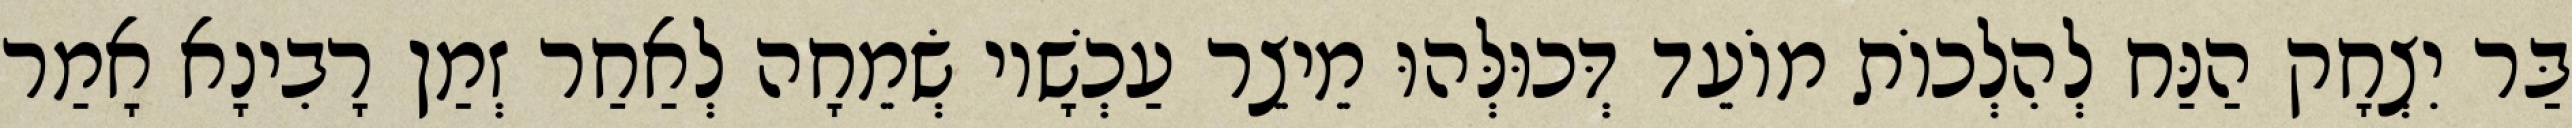
בַּר יִצְחָק הַנַּח לְהִלְכוֹת מוֹעֵד דְּכוּלְּהוּ מֵיצֵר עַכְשָׁיו שְׂמֵחָה לְאַחַר זְמַן רָבִינָא אָמַר